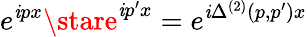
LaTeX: e^{\mathit{i}px}\stare^{\mathit{i}p^{\prime}x}=e^{\mathit{i}\Delta^{(2)}(p,p^{\prime}){x}}